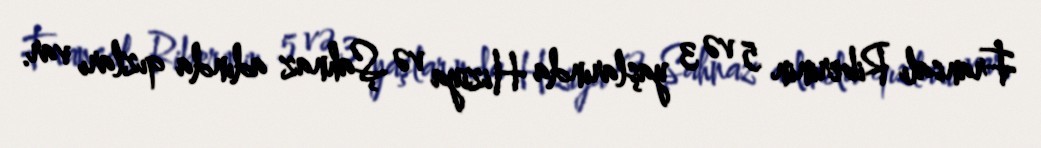
Fransalı Riberinin 5 və 3 yaşlarında Hiziya və Şahnaz adında qızları var.